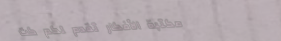
مكتبة الأفكار تقدم لكم كت